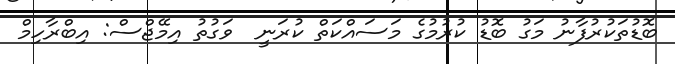
ބޮޑުތަކުރުފާނު މަގު ބޮޑު ކުރުމުގެ މަސައްކަތް ކުރަނީ  ވަގުތު އިމޭޖްސް: އިބްރާހިމް